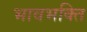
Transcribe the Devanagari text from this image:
भावभक्ति